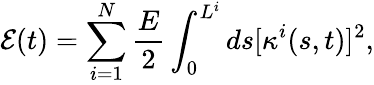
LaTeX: \mathcal{E}(t)=\sum_{i=1}^{N}\frac{E}{2}\int_{0}^{L^{i}}ds[\kappa^{i}(s,t)]^{2},